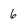
Character: 6